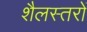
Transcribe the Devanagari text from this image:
शैलस्तरों